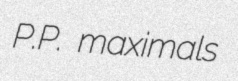
P.P. maximals